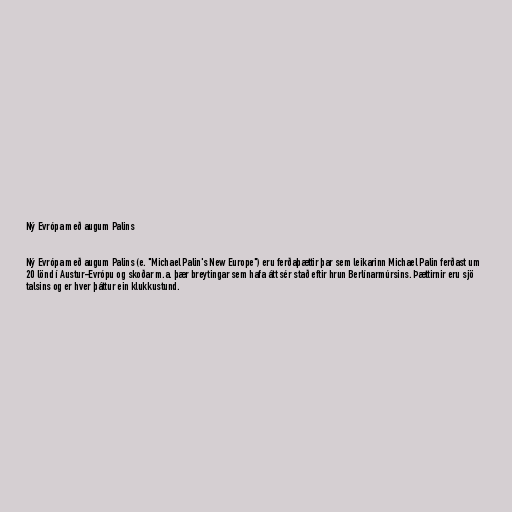
Ný Evrópa með augum Palins

Ný Evrópa með augum Palins (e. "Michael Palin's New Europe") eru ferðaþættir þar sem leikarinn Michael Palin ferðast um
20 lönd í Austur-Evrópu og skoðar m.a. þær breytingar sem hafa átt sér stað eftir hrun Berlínarmúrsins. Þættirnir eru sjö
talsins og er hver þáttur ein klukkustund.